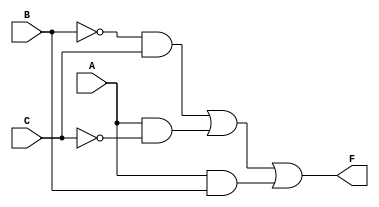
module multi_level_logic (
    input wire A,  // Input variable A
    input wire B,  // Input variable B
    input wire C,  // Input variable C
    output wire F  // Output of the Boolean function
);

// Intermediate signals
wire B_not;      // NOT B
wire C_not;      // NOT C
wire A_not;      // NOT A
wire term1;      // B'C
wire term2;      // AC'
wire term3;      // AB

// NOT gates
assign B_not = ~B;  // Invert B
assign C_not = ~C;  // Invert C
assign A_not = ~A;  // Invert A

// AND gates for terms
assign term1 = B_not & C;  // B'C
assign term2 = A & C_not;   // AC'
assign term3 = A & B;       // AB

// OR gate for final output
assign F = term1 | term2 | term3;  // F = B'C + AC' + AB

endmodule